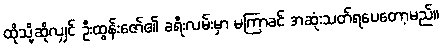
ထိုသို့ဆိုလျှင် ဦးထွန်းဇော်၏ ခရီးလမ်းမှာ မကြာခင် အဆုံးသတ်ရပေတော့မည်။